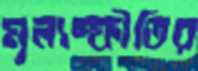
মূল্যস্ফীতির